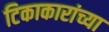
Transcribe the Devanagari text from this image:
टिकाकारांच्या